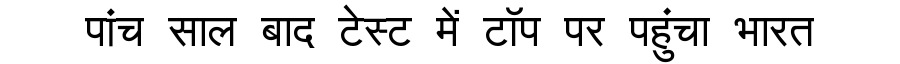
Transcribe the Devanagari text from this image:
पांच साल बाद टेस्ट में टॉप पर पहुंचा भारत